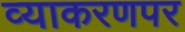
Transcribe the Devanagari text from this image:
व्याकरणपर